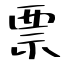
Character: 票